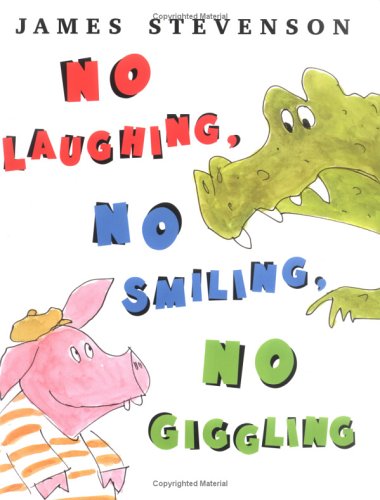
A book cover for No Laughing, No Smiling, No Giggling; James Stevenson; Children's Books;